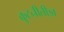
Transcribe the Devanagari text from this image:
कुटनीतीज्ञ